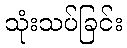
သုံးသပ်ခြင်း